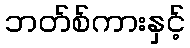
ဘတ်စ်ကားနှင့်